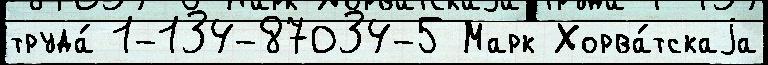
труда́ 1-134-87034-5 Марк Хорва́тскаjа